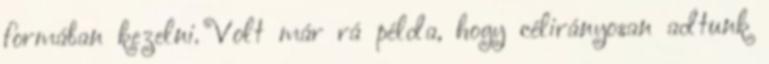
formában kezelni. Volt már rá példa, hogy célirányosan adtunk